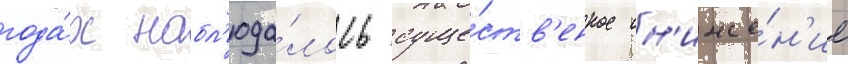
года́х набл'юда́лось суще́ств'енное сн'иже́н'ие